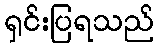
ရှင်းပြရသည်